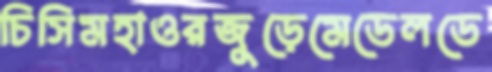
চিসিমহাওরজুড়েমেডেলডে